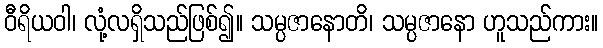
ဝီရိယဝါ၊ လုံ့လရှိသည်ဖြစ်၍။ သမ္ပဇာနောတိ၊ သမ္ပဇာနော ဟူသည်ကား။